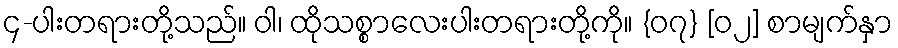
၄-ပါးတရားတို့သည်။ ဝါ၊ ထိုသစ္စာလေးပါးတရားတို့ကို။ {၀၇} [၀၂] စာမျက်နှာ